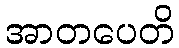
အာတပေတိ